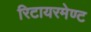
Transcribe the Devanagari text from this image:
रिटायरमेण्ट